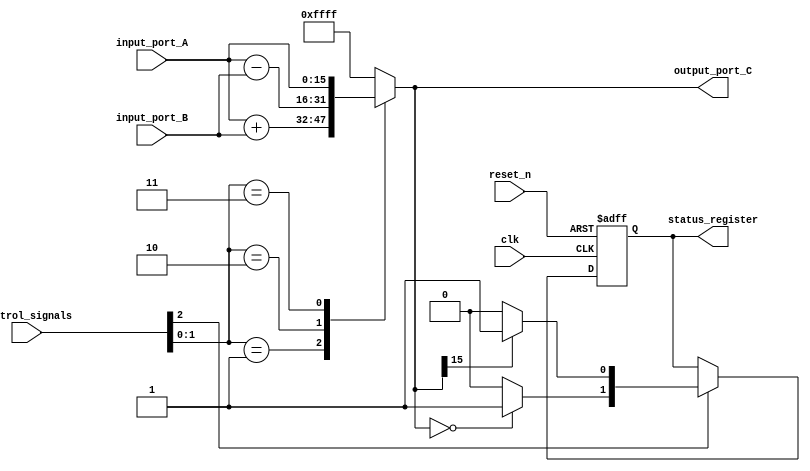
module alu (
		clk,
		reset_n,
		input_port_A,
		input_port_B,
		output_port_C,
		status_register,
		control_signals
		);

input clk, reset_n;
input [15:0]input_port_A, input_port_B;
output [15:0] output_port_C;
reg [15:0] output_port_C;

output [1:0]status_register;
reg [1:0]status_register;

input [2:0]control_signals;

parameter 
ADD = 2'b01,
SUBTRACT = 2'b10,
PASS_THROUGH = 2'b11;

wire is_zero_bit, is_negative_bit;
wire [15:0]adding, subtracting;

/* For the ALU calculations */
assign adding = input_port_A + input_port_B;
assign subtracting = input_port_A - input_port_B;
assign is_zero_bit = (output_port_C == 0) ? 1'b1 : 1'b0;
assign is_negative_bit = (output_port_C[15] == 1'b1) ? 1'b1 : 1'b0;

/* For the choosing of the ALU operation */
always @(input_port_A or input_port_B or control_signals or adding or subtracting)
begin
	case (control_signals[1:0])
		ADD:
		begin
			output_port_C = adding;
		end
		SUBTRACT:
		begin
			output_port_C = subtracting;
		end
		PASS_THROUGH:
		begin
			output_port_C = input_port_A;
		end
		default:
		begin
			output_port_C = 16'hffff;
		end
	endcase
end

/* For the status register */
always @(posedge clk or negedge reset_n)
begin
	if (reset_n == 1'b0)
	begin
		status_register <= 2'b00;
	end
	else
	begin
		/* only set the status if it's an operation that impacts status */
		if (control_signals[2] == 1'b1)
			status_register <=  {is_zero_bit, is_negative_bit} ;
	end
end

endmodule